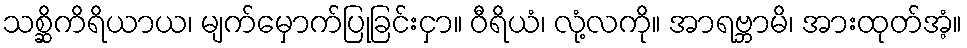
သစ္ဆိကိရိယာယ၊ မျက်မှောက်ပြုခြင်းငှာ။ ဝီရိယံ၊ လုံ့လကို။ အာရဗ္ဘာမိ၊ အားထုတ်အံ့။